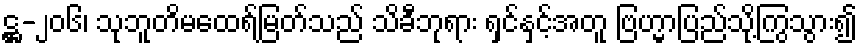
ဋ္ဌ-၂၀၆၊ သုဘူတိမထေရ်မြတ်သည် သိခီဘုရား ရှင်နှင့်အတူ ဗြဟ္မာပြည်သို့ကြွသွား၍